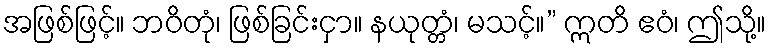
အဖြစ်ဖြင့်။ ဘဝိတုံ၊ ဖြစ်ခြင်းငှာ။ နယုတ္တံ၊ မသင့်။” ဣတိ ဧဝံ၊ ဤသို့။